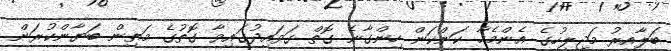
ބަލާއިރު މަޖިލީހުގެ އެންމެހާ ކަންކަން ހިންގާނެ ގޮތް ގަވައިދުގައިވާ ގޮތުގެ މަތިން ބަޔާންކުރަން